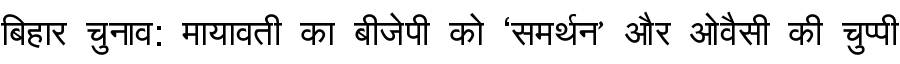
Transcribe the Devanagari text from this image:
बिहार चुनाव: मायावती का बीजेपी को ‘समर्थन’ और ओवैसी की चुप्पी